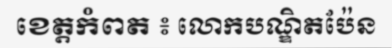
ខេត្តកំពត ៖ លោកបណ្ឌិតប៉ែន